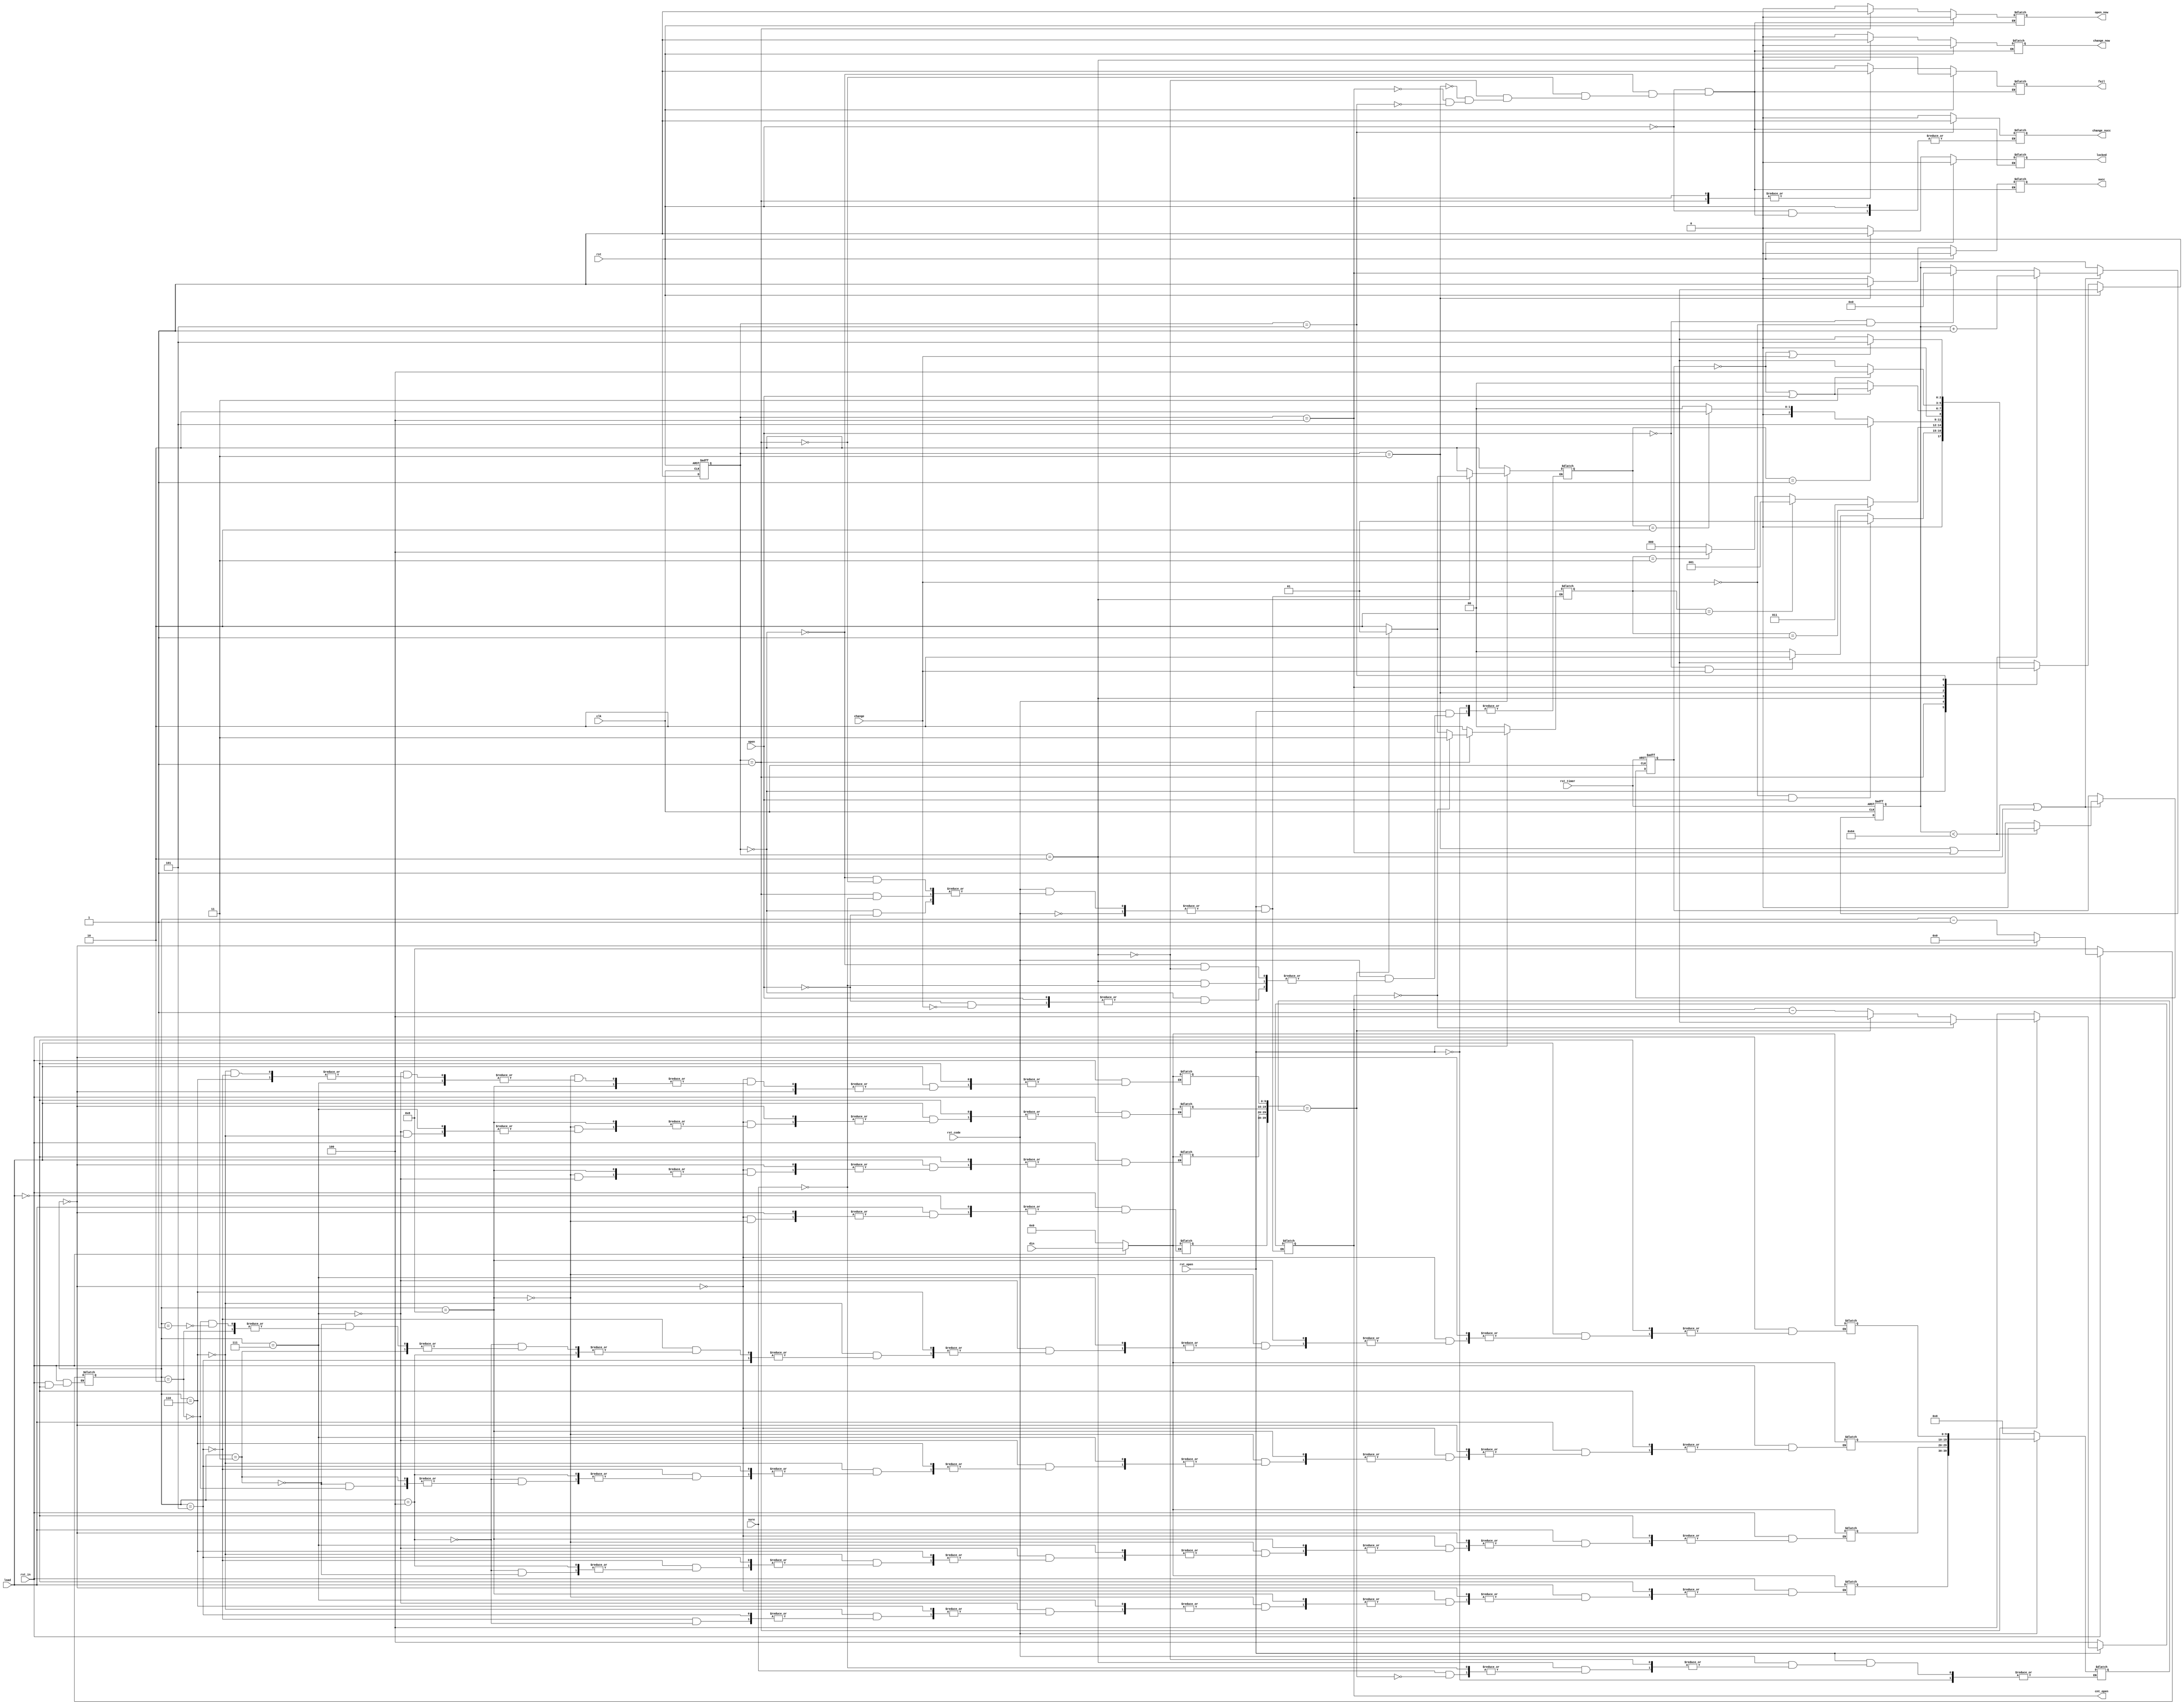
module Lock_status(
    clk, rst_in, rst_code, rst_open, rst_timer, rst, // ϵͳʱӣ븴λ븴λλʱλ״̬λ
    load, sure, change, open,   // ּأ ȷϣ޸룬
    din, // 
    succ, fail, locked, change_succ, cnt_open,// ɹźţʧźţźţ޸ɹźţʣ࿪
    open_now, change_now
    //sm_wei, sm_duan // ǰڿ̣ǰ޸
);
input clk, rst_in, rst_code, rst_open, rst_timer, rst;
input load, sure, change, open;
input [9:0] din;
output reg succ, fail, locked, change_succ;
output reg open_now, change_now;
output reg [2:0] cnt_open;
// ʱ洢
reg [9:0] din_1, din_2, din_3, din_4;
// ȷ룬
reg [39:0] right_code, in_code;
// ״̬ǰ״̬һ״̬
reg [2:0] currentState, nextState;

parameter START_STATE = 3'b000; // ʼ
parameter OPEN_STATE = 3'b001; // 
parameter CHANGE_STATE = 3'b010; // 
parameter PASS_STATE = 3'b011; // ɹ
parameter LOCKED_STATE = 3'b100; // ״̬
parameter CHANGE_SUCC_STATE = 3'b101; // ɹ޸

// ״̬
always @(posedge clk or posedge rst) begin
    if (rst) currentState <= START_STATE;
    else currentState <= nextState;
end
/** 
 ڶ 
 һ8ʱ洢
    ڿʱĬʹǰλ
    ޸ʱǰĸڱ֤ʱԭ룬ĸʾҪõ
 ÿloadؽһ֣0-9һֱ4λ8λ
 */
reg [3:0] cnt;
always @(din or rst_in or load) begin
    if(!rst_in) begin
        cnt <= 4'b1000;
        din_1 <= 0;
        din_2 <= 0;
        din_3 <= 0;
        din_4 <= 0; 
        din_temp_1 <= 0;
        din_temp_2 <= 0;
        din_temp_3 <= 0;
        din_temp_4 <= 0;
        in_code = 0;
    end
    else if (load)begin
        if(cnt == 4'b0000) begin
            cnt <= 4'b0000;
        end
        else begin
            if(cnt ==4'b1000) din_4 <= din;
            else if(cnt == 4'b0111) din_3 <= din;
            else if(cnt == 4'b0110) din_2 <= din;
            else if(cnt == 4'b0101) din_1 <= din;
            else if(cnt == 4'b0100) din_temp_4 <= din;
            else if(cnt == 4'b0011) din_temp_3 <= din;
            else if(cnt == 4'b0010) din_temp_2 <= din;
            else if(cnt == 4'b0001) din_temp_1 <= din;
            cnt = cnt - 1'b1;
        end 
    end
end
/* 
״̬6״ֱ̬Ϊʼ״̬״̬޸״̬ɹ״̬״̬ɹ޸״̬
һʼΪʼ״̬жactionΪΪʱת״̬жactionΪΪ޸ʱת޸״̬
ڿ״̬ĽΪɹתɹ״̬Ϊʧܣͣڴ״̬ﵽޣת״̬
޸״̬֤ĽΪɹתɹ޸״̬Ϊʧܣͣڴ״̬
ڿɹ״̬޸ɹ״̬״̬ʱTԶתʼ״̬
rst״̬λֱӻصʼ״̬
 */
always @(currentState or change or open or open_result or time_stop or change_result or rst) begin
    if (rst) nextState <= START_STATE;
    else begin
        case (currentState)
            START_STATE : 
                if(!change && open) nextState <= OPEN_STATE;
                else if (!open && change) nextState <= CHANGE_STATE;
                else nextState <= START_STATE;
            OPEN_STATE : 
                if(open_result == 2'b01) nextState <= PASS_STATE;
                else if (open_result == 2'b10) nextState <= OPEN_STATE;
                else if (open_result == 2'b11) nextState <= LOCKED_STATE; //  debug
                else nextState <= START_STATE; 
            
            CHANGE_STATE : 
                if(change_result == 2'b01) nextState <= CHANGE_SUCC_STATE;
                else if(change_result == 2'b10) nextState <= CHANGE_STATE;
                else nextState <= START_STATE;
                
            PASS_STATE : 
                if(time_stop == 0 || open == 1) nextState <= PASS_STATE;
                else nextState <= START_STATE;

            LOCKED_STATE :
                if(time_stop == 0 || open == 1) nextState <= LOCKED_STATE;
                else nextState <= START_STATE; 
            CHANGE_SUCC_STATE :
                if(time_stop == 0 || change == 1) nextState <= CHANGE_SUCC_STATE;
                else nextState <= START_STATE;
            default: nextState <= START_STATE;
        endcase
    end
end


/* 
ͬ״̬Ӧͬź
ָʾǰ׶εźţchange_nowʾ޸룬open_now ʾڿ
ָʾźţsuccʾɹfailʾʧܣlockedʾchange_succʾ޸ɹ
źŵĳʱ״̬ĳʱһ£ΪʱT
 */
always @(rst or currentState) begin
    if (rst) begin
        open_now <= 0;
        change_now <= 0;
        succ <= 0;
        fail <= 0;
        locked <= 0; 
    end
    else begin
        case (currentState)
            START_STATE :begin
            open_now <= 0;
            change_now <= 0;
            succ <= 0;
            fail <= 0;
            locked <= 0;
            change_succ = 0;
            end 
            OPEN_STATE :begin
                open_now <= 1;
                fail <= 1;
                change_now <= 0;
                succ <= 0;
                locked <= 0;
                change_succ = 0;
            end
            CHANGE_STATE:begin
                change_now <= 1;
                open_now <= 0;
                succ <= 0;
                fail <= 0;
                locked <= 0;
                change_succ = 0;
            end
            PASS_STATE:begin
                succ <= 1;
                open_now <= 0;
                change_now <= 0;
                fail <= 0;
                locked <= 0;
                change_succ = 0;
            end 
            LOCKED_STATE:begin
                locked <= 1;
                fail <= 1;
                open_now <= 0;
                change_now <= 0;
                succ <= 0;
                change_succ = 0;
            end
            CHANGE_SUCC_STATE :begin
                locked <= 0;
                fail <= 0;
                open_now <= 0;
                change_now <= 0;
                succ <= 0;
                change_succ = 1;
            end
        endcase
    end 
end


/* 
actionΪ
޸Ϳͬʱ
Ӧaction 01
޸Ӧaction 10 */

//reg [1:0] action; // 01 - change 10 - open
//always@(change or open or rst) begin
//    if(rst) action <= 2'b00;
//    else if(change && !open) action <= 2'b10;
//    else if(!change && open) action <= 2'b01;
//    else action <= 2'b00;
//end

//always@(change or open) begin
//    if(change) action = 
//end

/* 
ź
޸Ľ߼ */

reg [1:0] open_result;

always @(sure or open or change or rst_open or rst_code) begin 
    if(!rst_open)begin
        cnt_open <= 3'b100;
        open_result <= 3'b000;
    end
    else if(!rst_code) begin 
        right_code <= 0;
        change_result <= 2'b10;
    end
    else begin
    // ǰ״̬Ϊʼ״̬ҪʼʱͿ
    case (currentState)
    START_STATE:begin
        if(open) begin
            cnt_open <= 3'b100;
            open_result <= 3'b010;
        end
        else if (change) begin  
            change_result <= 2'b10;
        end
    end
    /* 
    ǰ״̬ΪȷsureȽϵǰȷ룬ȷΪɹ
    һʣΪ0ʱ */ 
    
    OPEN_STATE: begin
        if(sure) begin
        if(cnt_open == 3'b000) begin
            open_result <= 2'b11;
            cnt_open <= 3'b000;
        end
        else begin
            if({din_4, din_3, din_2, din_1} == right_code) begin
                open_result <= 2'b01;
                cnt_open <= 3'b100;
            end else begin
                open_result <= 2'b10;
                cnt_open <= cnt_open - 1'b1;
            end
            // ƴ
            in_code <= {din_4, din_3, din_2, din_1};
        end        
    end
    end
    /* ǰ״̬ Ϊ޸
        ֤ԭ룬Уɹóɹʧ
        */
    CHANGE_STATE:begin
       if(sure) begin
        if ({din_4, din_3, din_2, din_1} == right_code) begin
            right_code <= {din_temp_4, din_temp_3, din_temp_2, din_temp_1};
            change_result <= 2'b01;
        end
        else begin
            change_result <= 2'b10;
        end
    end
    end
    endcase
    end
end

// state

//change result
reg [9:0] din_temp_1, din_temp_2, din_temp_3, din_temp_4;
reg [1:0] change_result;


// ʱģ飬״̬
integer cnt_timer;
//parameter T = 1000000000; // 10s
parameter T = 100; // 10s
reg time_stop; // 5sʱ

always @(posedge clk or negedge rst_timer) begin
    if(!rst_timer) begin 
        time_stop <= 0; 
        cnt_timer <= 0;
    end
    else if(currentState == PASS_STATE || currentState == LOCKED_STATE || currentState == CHANGE_STATE) begin
        if(cnt_timer < T) begin
            cnt_timer = cnt_timer + 1'b1;
            time_stop <= 0;
        end else begin
            time_stop <= 1;
            if(!open && !change)
                cnt_timer <= 0;
        end
    end
end


//// decode
//wire [3:0] dout_1, dout_2, dout_3, dout_4;

//Decode decode_0(din_1, dout_1);
//Decode decode_1(din_2, dout_2);
//Decode decode_2(din_3, dout_3);
//Decode decode_3(din_4, dout_4);

//wire [15:0] data;
//assign data[15:12] = dout_1;
//assign data[11:8] = dout_2;
//assign data[7:4] = dout_3; //ҪļλΪ0
//assign data[3:0] = dout_4;
//output [3:0] sm_wei;    //λź
//output [7:0] sm_duan;   //οź
////----------------------------------------------------------
//wire [3:0]sm_wei;
//wire [7:0]sm_duan;
//// smg display
//smg mysmg (.clk(clk),.data(data),.sm_wei(sm_wei),.sm_duan(sm_duan),.rst(rst_smg));


endmodule